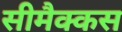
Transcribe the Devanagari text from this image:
सीमैक्कस